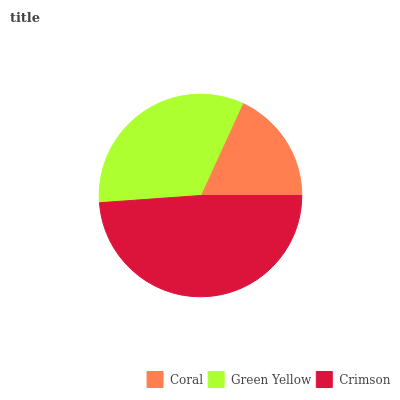
| Coral | Green Yellow | Crimson |
 | --- | --- | --- |
 | 18.2% | 33% | 48.9% |